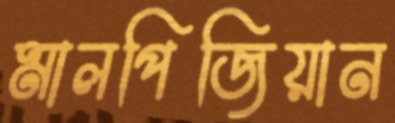
মালপিজিয়ান